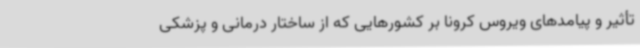
تأثیر و پیامدهای ویروس کرونا بر کشورهایی که از ساختار درمانی و پزشکی